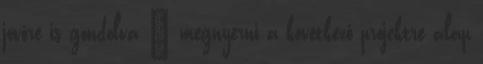
jövőre is gondolva – megnyerni a következő projektre alap